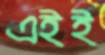
এইই